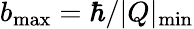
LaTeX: b_{\mathrm{max}}={\mathrm\hbar}/\vert Q\vert_{\mathrm{min}}